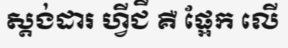
ស្តង់ដារ ហ្វីជី គឺ ផ្អែក លើ